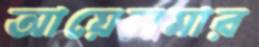
আয়েলমার